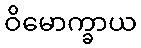
ဝိမောက္ခာယ